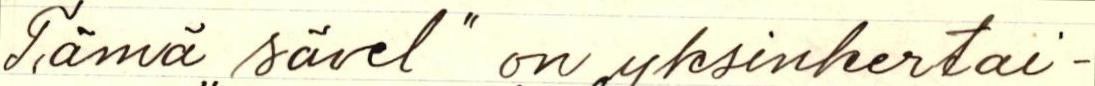
Tämä ,,sävel" on yksinkertai-